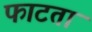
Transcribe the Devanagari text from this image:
फाटता